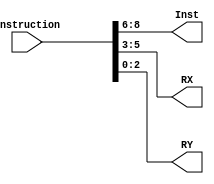
`timescale 1ns / 1ps

module Seg(
    input [8:0] Instruction,
    output [2:0] Inst,
    output [2:0] RX,
    output [2:0] RY
    );

    assign Inst = Instruction[8:6];
    assign RX = Instruction[5:3];
    assign RY = Instruction[2:0];
endmodule